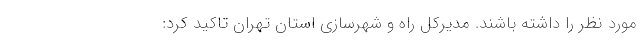
مورد نظر را داشته باشند. مدیرکل راه و شهرسازی استان تهران تاکید کرد: